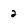
Character: 2